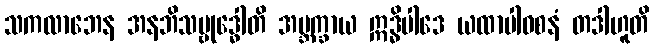
သကလာဘေန အနဘိသမ္ဗုဒ္ဓေါတိ အဗ္ဘက္ခာယ ဣဒ္ဓိပါဒေ ယထာပါဝစနံ တဒါဟူတိ